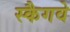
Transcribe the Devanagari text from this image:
स्कैगवे